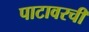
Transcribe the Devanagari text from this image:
पाटावरची